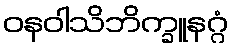
ဝနဝါသိဘိက္ခူနဂ္ဂံ